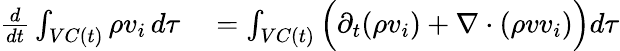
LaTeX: \begin{array}{rl}{\frac{d}{dt}\int_{VC(t)}\rho v_{i}\, d\tau}&{{}=\int_{VC(t)}\Big(\partial_{t}(\rho v_{i})+\nabla\cdot(\rho vv_{i})\Big)d\tau}\end{array}